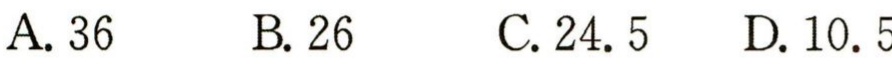
A. 36  B. 26  C. 24. 5  D. 10. 5